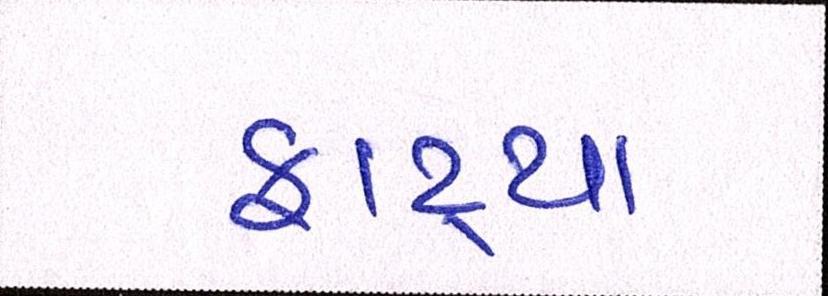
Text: ફાટ્યા